Annual administration report of the Civil Veterinary Department of India - 1894-1895
Year: 1894
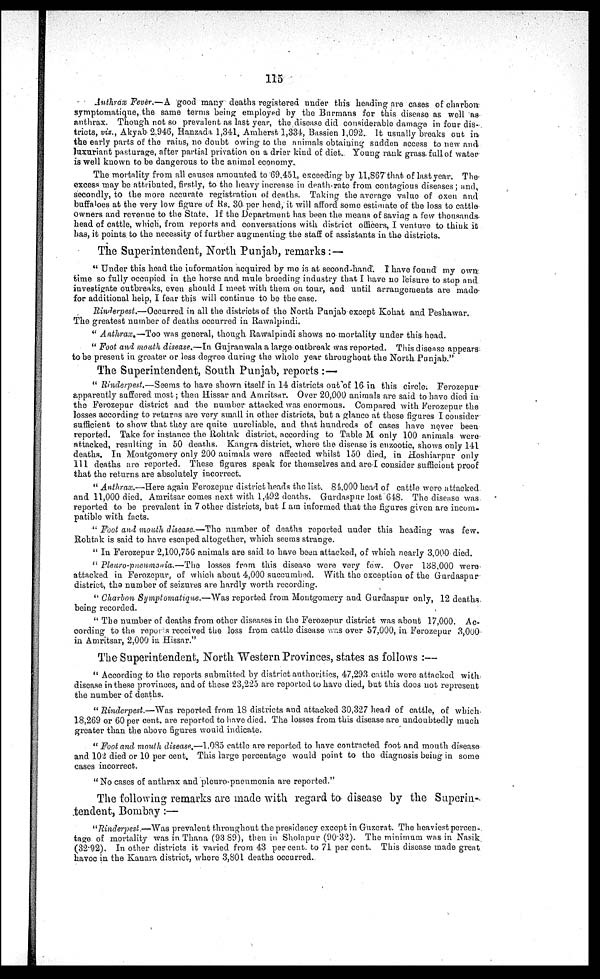
115
Anthrax Fever.—A good many deaths registered under this heading are cases of charbon
symptomatique, the same terms being employed by the Burmans for this disease as well as
anthrax. Though, not so prevalent as last year, the disease did considerable damage in four dis-
tricts, viz., Akyab 2,946, Hanzada 1,341. Amherst 1,334, Bassien 1,092. It usually breaks out in
the early parts of the rains, no doubt owing to the animals obtaining sadden access to new and
luxuriant pasturage, after partial privation on a drier kind of diet. Young rank grass full of water
is well known to be dangerous to the animal economy.
The mortality from all causes amounted to 69,451, exceeding by 11,867 that of last year. The
excess may be attributed, firstly, to the heavy increase in death-rate from contagious diseases; and,
secondly, to the more accurate registration of deaths. Taking the average value of oxen and
buffaloes at the very low figure of Rs. 30 per head, it will afford some estimate of the loss to cattle
owners and revenue to the State. If the Department has been the means of saving a few thousands
head of cattle, which, from reports and conversations with district officers, I venture to think it
has, it points to the necessity of further augmenting the staff of assistants in the districts.
The Superintendent, North Punjab, remarks :—
" Under this head the information acquired by me is at second-hand'. I have found my own
time so fully occupied in the horse and mule breeding industry that I have no leisure to stop and
investigate outbreaks, even should I meet with them on tour, and until arrangements are made
for additional help, I fear this will continue to be the case.
Rinderpest.—Occurred in all the districts of the North Punjab except Kohat and Peshawar.
The greatest number of deaths occurred in Rawalpindi.
" Anthrax.—Too was general, though. Rawalpindi shows no mortality under this head.
" Foot and mouth disease.—In Gujranwala a large outbreak was reported. This disease appears
to be present in greater or less degree during the whole year throughout the North. Punjab."
The Superintendent, South Punjab, reports:—
" Rinderpest.—Seems to have shown itself in 14 districts out of 16 in this circle. Ferozepur
apparently suffered most; then Hissar and Amritsar. Over 20,000 animals are said to have died in
the Ferozepur district and the number attacked was enormous. Compared with Ferozepur the
losses according to returns are very small in other districts, but a glance at these figures I consider
sufficient to show that they are quite unreliable, and that hundreds of cases have never been
reported. Take for instance the Rohtak district, according to Table M only 100 animals were-
attacked, resulting in 50 deaths. Kangra district, where the disease is enzootic, shows only 141
deaths. In Montgomery only 200 animals were affected whilst 150 died, in Hoshiarpur only
111 deaths are reported. These figures speak for themselves and are I consider sufficient proof
that the returns are absolutely incorrect.
" Anthrax.—Here again Ferozepur district heads the list. 84,000 head of cattle were attacked
and 11,000 died. Amritsar comes next with 1,492 deaths. Gurdaspur lost 648. The disease was.
reported to be prevalent in 7 other districts, but I am informed that the figures given are incom-
patible with facts.
" Foot and mouth disease.—The number of deaths reported under this heading was few.
Rohtak is said to have escaped altogether, which seems strange.
" In Ferozepur 2,100,756 animals are said to have been attacked, of which nearly 3,000 died.
" Pleuro-pneumonia.—The
losses from this disease were very few. Over 138,000 were-
attacked in Ferozepur, of which about 4,000 succumbed. With the exception of the Gurdaspur
district, the number of seizures are hardly worth recording.
" Charbon Symptomatique.—Was reported from Montgomery and Gurdaspur only, 12 deaths
being recorded.
" The number of deaths from other diseases in the Ferozepur district was about 17,000. Ac-
cording to the reports received the loss from cattle disease was over 57,000, in. Ferozepur 3,000
in Amritsar, 2,000 in Hissar."
The Superintendent, North Western Provinces, states as follows :—
" According to the reports submitted by district authorities, 47,293 cattle wore attacked with
disease in these provinces, and of these 23,225 are reported to have died, but this does not represent
the number of deaths.
" Rinderpest.—Was reported from 18 districts and attacked 30,327 head of cattle, of which
18,269 or 60 per cent. are reported to have died. The losses from this disease are undoubtedly much
greater than the above figures would indicate.
" Foot and mouth disease.—1,085 cattle are reported to have contracted foot and mouth disease
and 102 died or 10 per cent. This large percentage would point to the diagnosis being in some
cases incorrect.
"No cases of anthrax and pleuro-pneumonia are reported."
The following remarks are made with regard to disease by the Superin-
.tendent, Bombay:—
"Rinderpest —Was prevalent throughout the presidency except in Guzerat. The heaviest percen-
tage of mortality was in Thana (93 89), then in Sholapur (90.32). The minimum was in Nasik
(32.92). In other districts it varied from 43 percent. to 71 per cent. This disease made great
havoc in the Kanara district, where 3,801 deaths occurred.